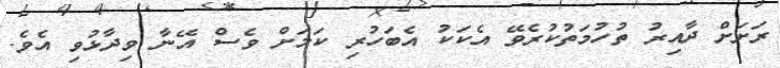
ރަށަށް ދާއިރު ތުހުމަތުކުރެވޭ އެކަކު އެބަހުރި ކަމަށް ވެސް އޭނާ ވިދާޅުވި އެވެ.